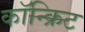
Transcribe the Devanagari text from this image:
कॉन्‍क्रिट